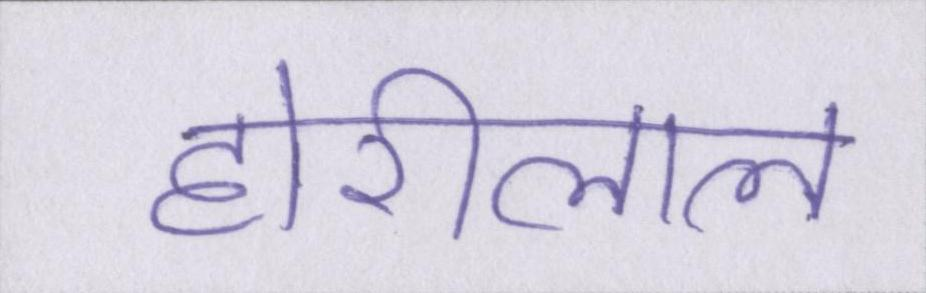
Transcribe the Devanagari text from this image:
होरीलाल